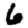
Digit: 6